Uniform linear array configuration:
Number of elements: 8
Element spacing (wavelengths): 1
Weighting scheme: exponential
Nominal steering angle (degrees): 45
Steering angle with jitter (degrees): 46.459
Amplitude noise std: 0.05
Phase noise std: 0.05

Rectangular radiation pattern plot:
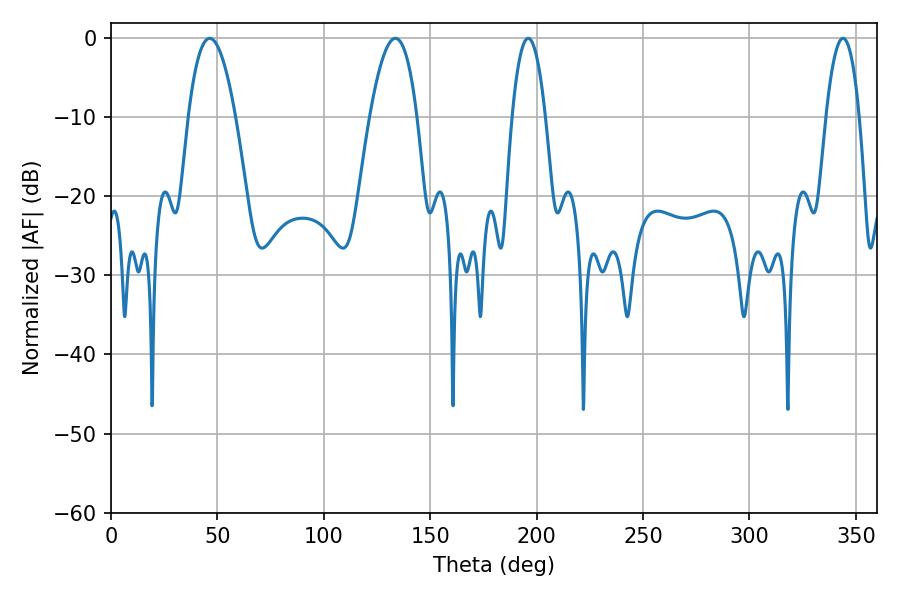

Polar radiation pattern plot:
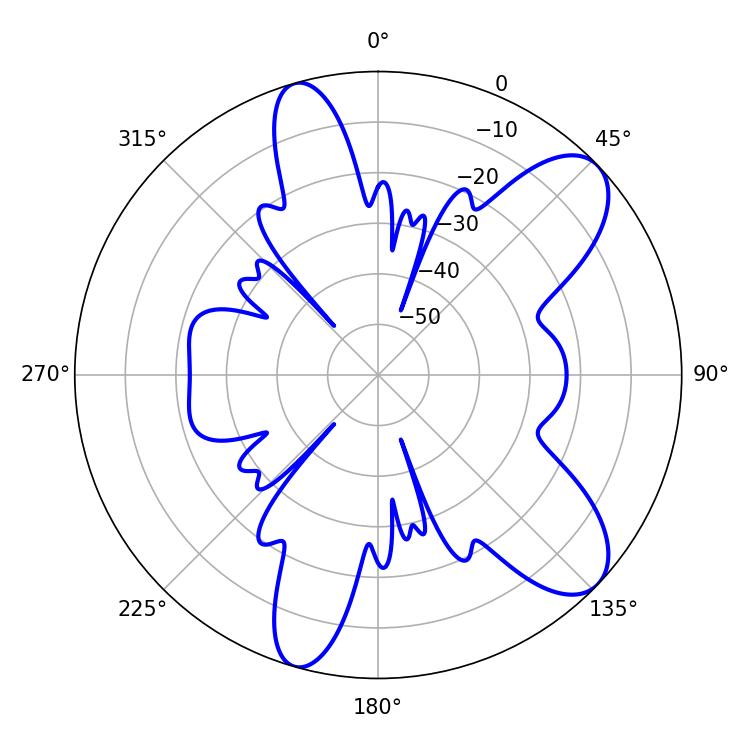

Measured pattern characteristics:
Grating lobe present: TRUE
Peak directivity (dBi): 9.185
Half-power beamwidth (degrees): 8.82
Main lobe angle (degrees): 196.02